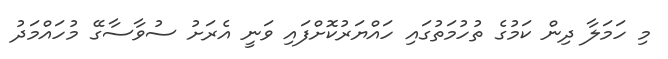
މި ހަމަލާ ދިން ކަމުގެ ތުހުމަތުގައި ހައްޔަރުކޮށްފައި ވަނީ އެރަށު ސުވާސާގޭ މުހައްމަދު